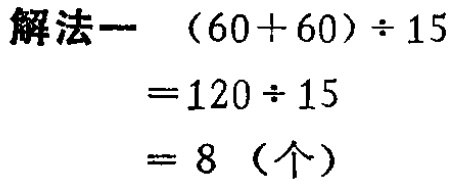
```

解法一  \((60 + 60) \div 15\)

\(= 120\div 15\)

\(= 8\)（个）

```